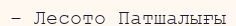
– Лесото Патшалығы